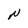
Character: N